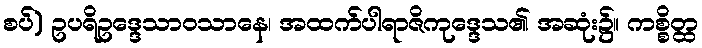
စပ်) ဥပရိဥဒ္ဒေသာဝသာနေ၊ အထက်ပါရာဇိကုဒ္ဒေသ၏ အဆုံး၌။ ကစ္စိတ္ထ